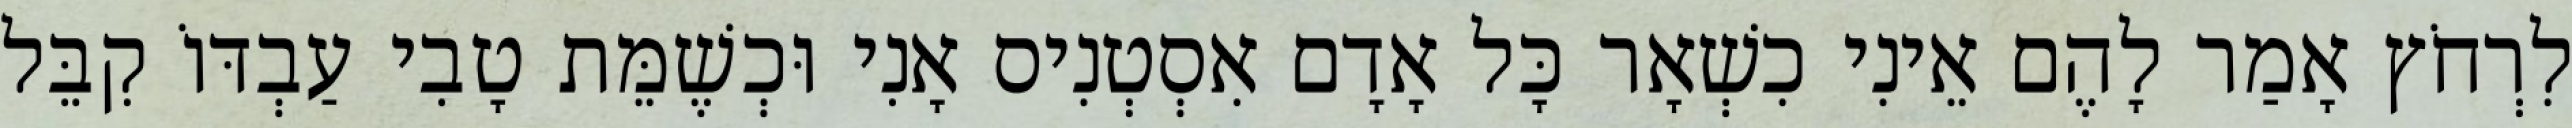
לִרְחֹץ אָמַר לָהֶם אֵינִי כִשְׁאָר כָּל אָדָם אִסְטְנִיס אָנִי וּכְשֶׁמֵּת טָבִי עַבְדּוֹ קִבֵּל